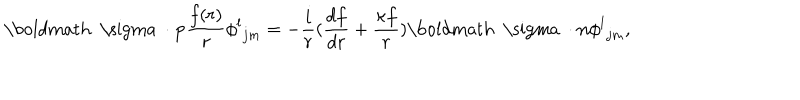
{ { \mathrm { \boldmath ~ \ s i g m a ~ } } \cdot { \bf p } } { \frac { f ( r ) } { r } } { \phi ^ { l } } _ { j m } = - { \frac { i } { r } } ( { \frac { d f } { d r } } + { \frac { \kappa f } { r } } ) { { \mathrm { \boldmath ~ \ s i g m a ~ } } \cdot { \bf n } } { \phi ^ { l } } _ { j m } ,